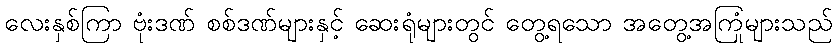
လေးနှစ်ကြာ ဗုံးဒဏ် စစ်ဒဏ်များနှင့် ဆေးရုံများတွင် တွေ့ရသော အတွေ့အကြုံများသည်